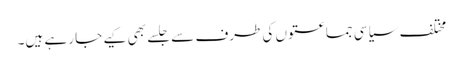
مختلف سیاسی جماعتوں کی طرف سے جلسے بھی کیے جا رہے ہیں۔